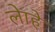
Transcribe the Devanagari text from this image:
लेाहे